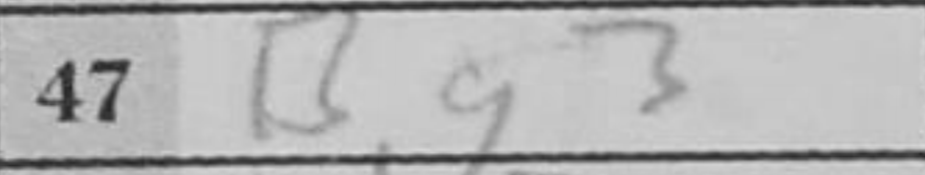
Transcription: Bg3